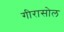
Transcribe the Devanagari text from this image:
गीरासोल